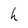
Character: h